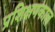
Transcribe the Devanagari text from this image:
प्रशिक्षणकाल